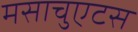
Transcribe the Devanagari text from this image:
मसाचुएटस